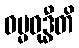
ဓမ္မဝုဒ္ဓီတိ